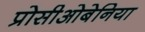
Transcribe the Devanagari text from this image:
प्रोसीओबेनिया